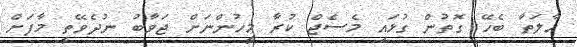
ހާލަތާ ބެހޭ ގޮތުން ގުޅައި މެސެޖް ކުރާ މީހުންނަށް ޖަވާބު ނުދެވޭތީ މާފަށް